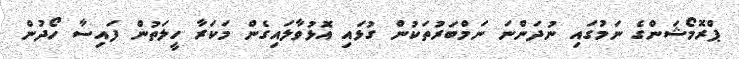
ޕްރޮމޯޝަންގެ ނަމުގައި ނުދަންނަ ނަމްބަރުތަކުން ގުޅައި އޮޅުވާލައިގެން މަކަރާ ހީލަތުން ފައިސާ ހޯދުން